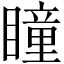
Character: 瞳